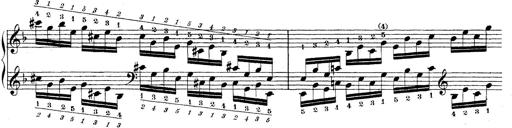
Title: Technische Studien
Composer: Franz Liszt